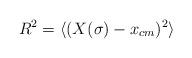
LaTeX: \begin{align*}R^2 = \langle (X(\sigma) - x_{cm})^2 \rangle\end{align*}